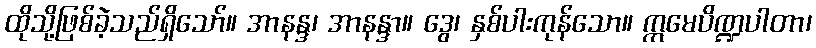
ထိုသို့ဖြစ်ခဲ့သည်ရှိသော်။ အာနန္ဒ၊ အာနန္ဒာ။ ဒွေ၊ နှစ်ပါးကုန်သော။ ဣမေပိဏ္ဍပါတာ၊